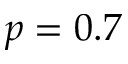
p = 0 . 7